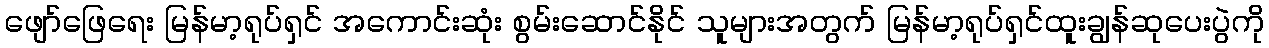
ဖျော်ဖြေရေး မြန်မာ့ရုပ်ရှင် အကောင်းဆုံး စွမ်းဆောင်နိုင် သူများအတွက် မြန်မာ့ရုပ်ရှင်ထူးချွန်ဆုပေးပွဲကို